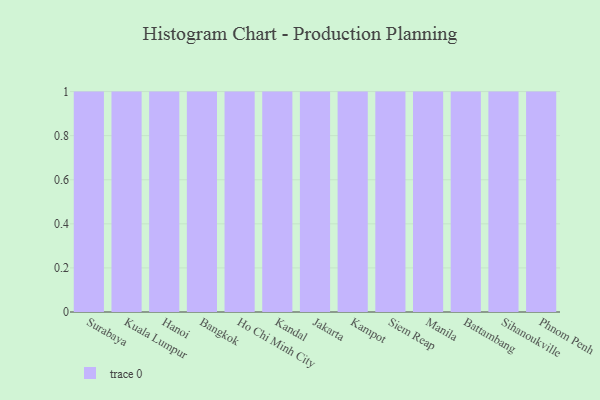
{"axis": {"x": "City", "y": "Market Share (%)"}, "legend": [""], "data": [{"x": "Surabaya", "y": 92, "type": ""}, {"x": "Kuala Lumpur", "y": 96, "type": ""}, {"x": "Hanoi", "y": 43, "type": ""}, {"x": "Bangkok", "y": 41, "type": ""}, {"x": "Ho Chi Minh City", "y": 71, "type": ""}, {"x": "Kandal", "y": 80, "type": ""}, {"x": "Jakarta", "y": 61, "type": ""}, {"x": "Kampot", "y": 76, "type": ""}, {"x": "Siem Reap", "y": 96, "type": ""}, {"x": "Manila", "y": 76, "type": ""}, {"x": "Battambang", "y": 93, "type": ""}, {"x": "Sihanoukville", "y": 26, "type": ""}, {"x": "Phnom Penh", "y": 69, "type": ""}]}